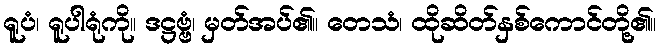
ရူပံ၊ ရူပါရုံကို။ ဒဋ္ဌဗ္ဗံ၊ မှတ်အပ်၏။ တေသံ၊ ထိုဆိတ်နှစ်ကောင်တို့၏။